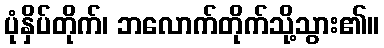
ပုံနှိပ်တိုက်၊ ဘလောက်တိုက်သို့သွား၏။